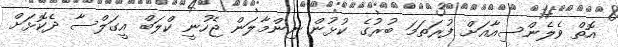
އޮތް ވެލެންސިއާއަށް ފުރަތަމަ ބުރުގެ ކުޅުން ނިންމާލަން ޖެހުނީ ކްލަބް އީގަލްސާ ދެކޮޅަށް